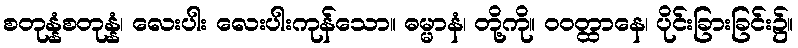
စတုန္နံစတုန္နံ၊ လေးပါး လေးပါးကုန်သော။ ဓမ္မာနံ၊ တို့ကို။ ဝဝတ္ထာနေ၊ ပိုင်းခြားခြင်း၌။